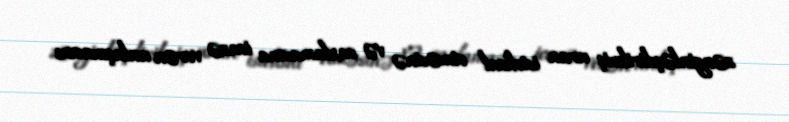
zənginləşdirilmiş uran istehsal etməsinə və saxlamasına icazə verən anlaşmasını